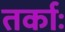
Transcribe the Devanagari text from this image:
तर्काः